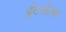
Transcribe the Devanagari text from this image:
ईटसेल्फ